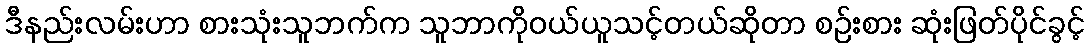
ဒီနည်းလမ်းဟာ စားသုံးသူဘက်က သူဘာကိုဝယ်ယူသင့်တယ်ဆိုတာ စဉ်းစား ဆုံးဖြတ်ပိုင်ခွင့်